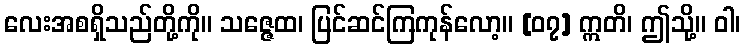
လေးအစရှိသည်တို့ကို။ သဇ္ဇေထ၊ ပြင်ဆင်ကြကုန်လော့။ [၀၇] ဣတိ၊ ဤသို့။ ဝါ၊